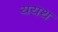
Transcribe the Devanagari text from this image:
ययथ